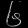
Digit: ၆